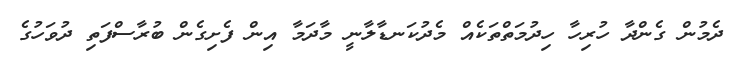
ދެމުން ގެންދާ ހުރިހާ ހިދުމަތްތަކެއް މެދުކަނޑާލާނީ މާދަމާ އިން ފެށިގެން ބުރާސްފަތި ދުވަހުގެ